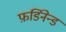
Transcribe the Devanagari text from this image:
फ़र्डिनेन्ड